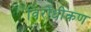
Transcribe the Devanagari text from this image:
विरोधीकण